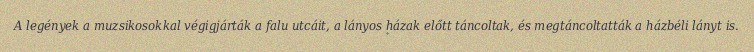
A legények a muzsikosokkal végigjárták a falu utcáit, a lányos házak előtt táncoltak, és megtáncoltatták a házbéli lányt is.